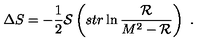
\Delta S = - \frac { 1 } { 2 } { \cal S } \left( s t r \ln \frac { { \cal R } } { M ^ { 2 } - { \cal R } } \right) \ .